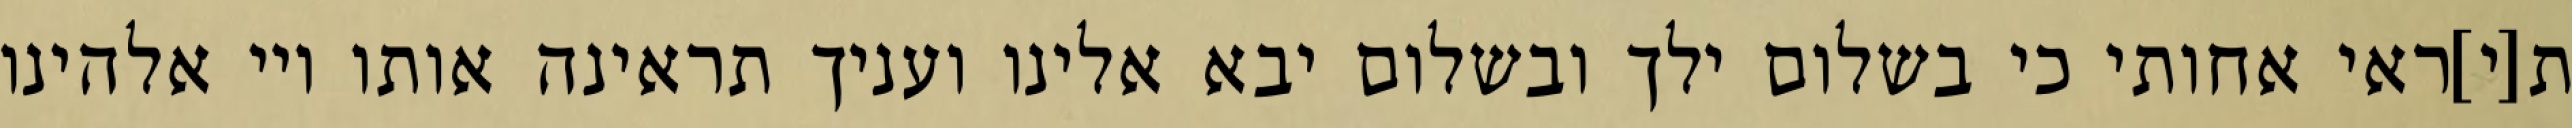
ת[י]ראי אחותי כי בשלום ילך ובשלום יבא אלינו ועניך תראינה אותו ויי אלהינו